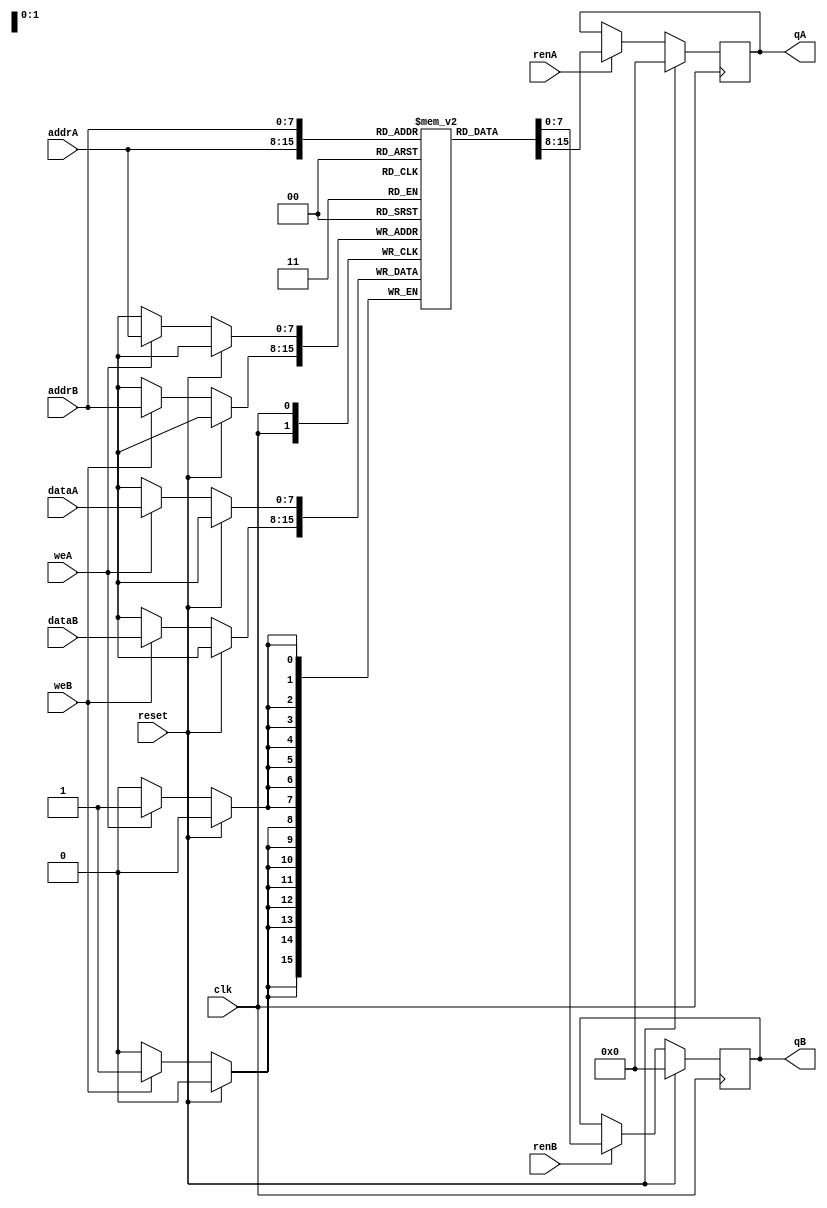
module dual_port_ram (
    input wire clk,
    input wire reset,
    input wire [7:0] addrA, // Address for regular port
    input wire [7:0] addrB, // Address for priority port
    input wire [7:0] dataA, // Data input for regular port
    input wire [7:0] dataB, // Data input for priority port
    input wire weA, // Write enable for regular port
    input wire weB, // Write enable for priority port
    input wire renA, // Read enable for regular port
    input wire renB, // Read enable for priority port
    output reg [7:0] qA, // Data output for regular port
    output reg [7:0] qB // Data output for priority port
);

reg [7:0] mem[0:255]; // Memory array

always @(posedge clk) begin
    if (reset) begin
        qA <= 8'b0;
        qB <= 8'b0;
    end else begin
        if (weA) begin
            mem[addrA] <= dataA;
        end
        
        if (weB) begin
            mem[addrB] <= dataB;
        end
        
        if (renA) begin
            qA <= mem[addrA];
        end
        
        if (renB) begin
            qB <= mem[addrB];
        end
    end
end

endmodule